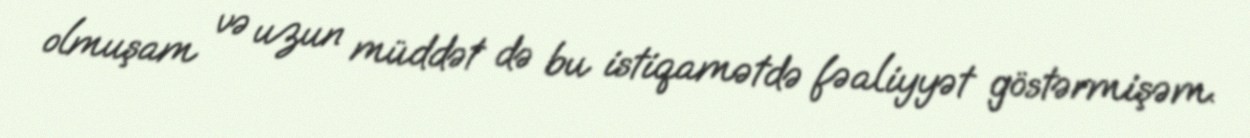
olmuşam və uzun müddət də bu istiqamətdə fəaliyyət göstərmişəm.